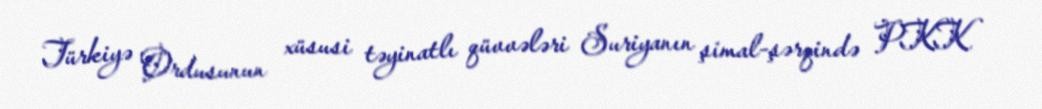
Türkiyə Ordusunun xüsusi təyinatlı qüvvələri Suriyanın şimal-şərqində PKK